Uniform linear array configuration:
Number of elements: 8
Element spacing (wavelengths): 0.5
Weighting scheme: exponential
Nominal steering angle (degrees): -45
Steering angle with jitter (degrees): -44.534
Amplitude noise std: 0.05
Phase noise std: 0.05

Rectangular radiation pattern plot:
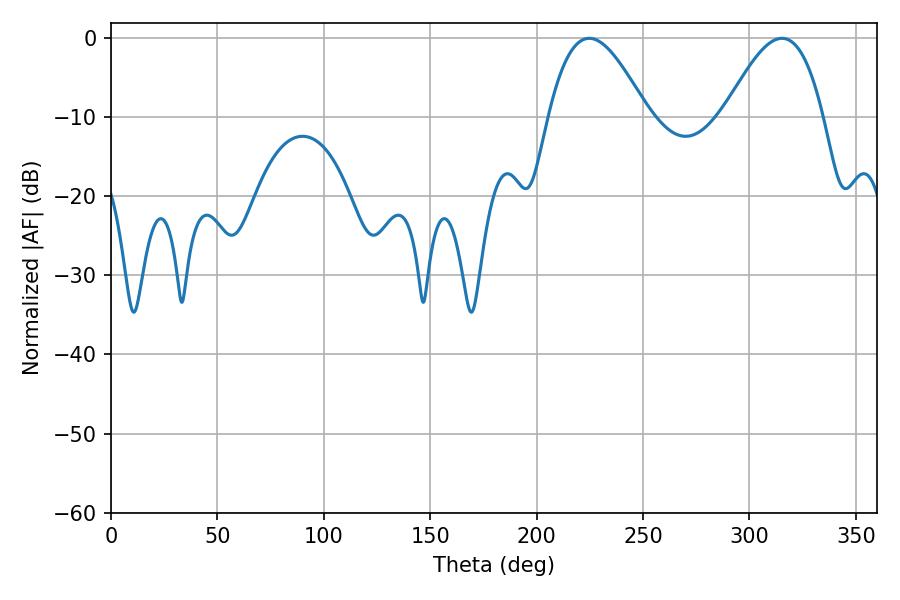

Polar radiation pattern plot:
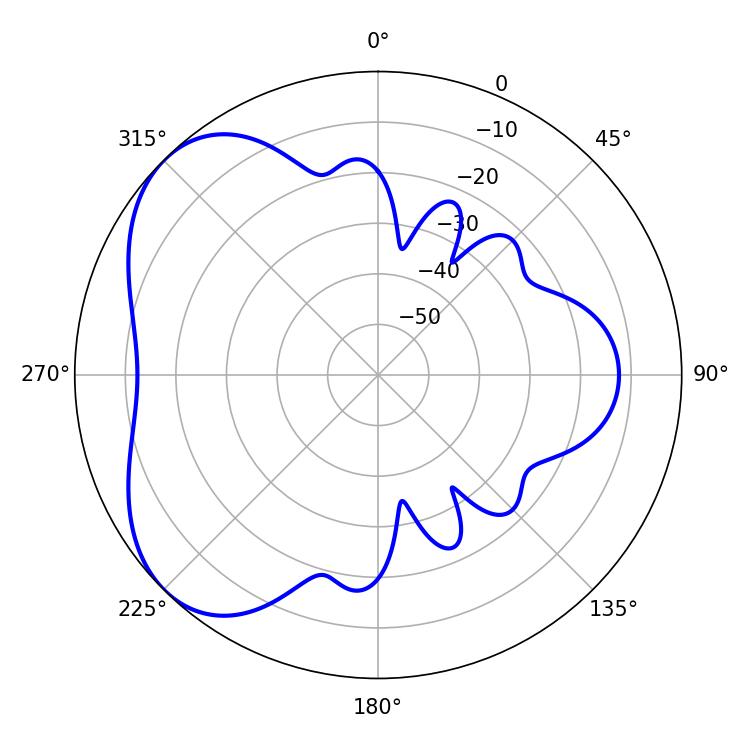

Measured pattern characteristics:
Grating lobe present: FALSE
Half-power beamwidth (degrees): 25.2
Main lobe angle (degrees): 224.64